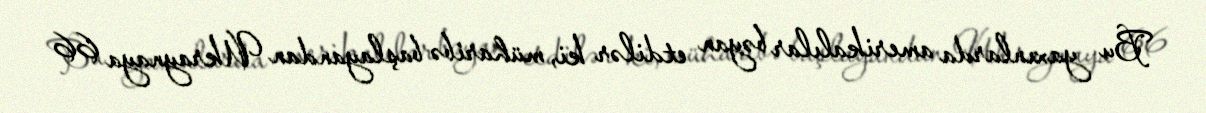
Bu yaxınlarda amerikalılar bəyan etdilər ki, müharibə başlayandan Ukraynaya 66